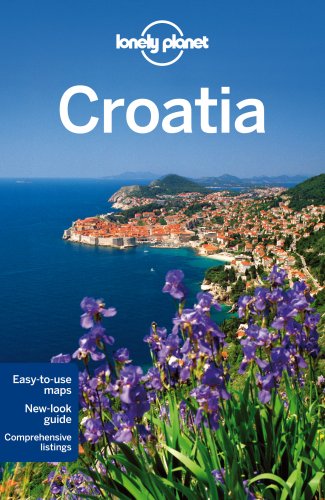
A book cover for Lonely Planet Croatia (Travel Guide); Lonely Planet; Travel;